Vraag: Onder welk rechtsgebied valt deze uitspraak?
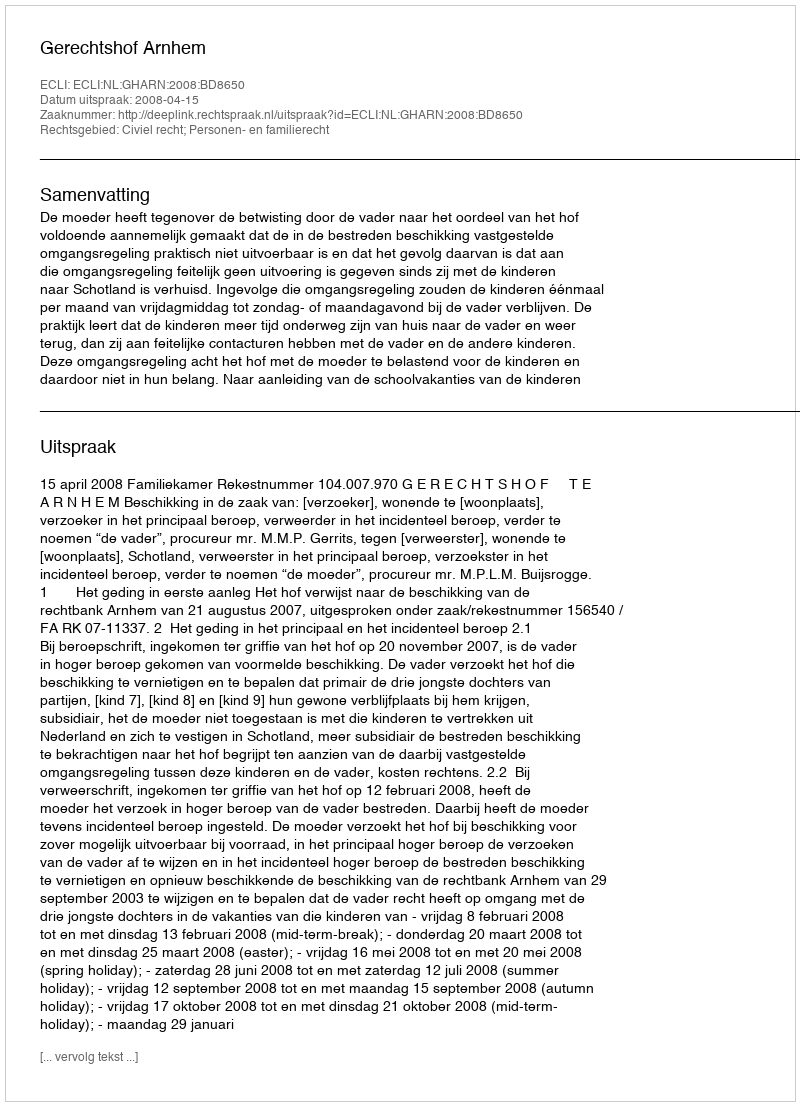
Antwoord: Civiel recht; Personen- en familierecht